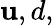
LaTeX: \mathbf{u},d,